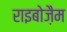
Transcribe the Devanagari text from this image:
राइबोज़ैम